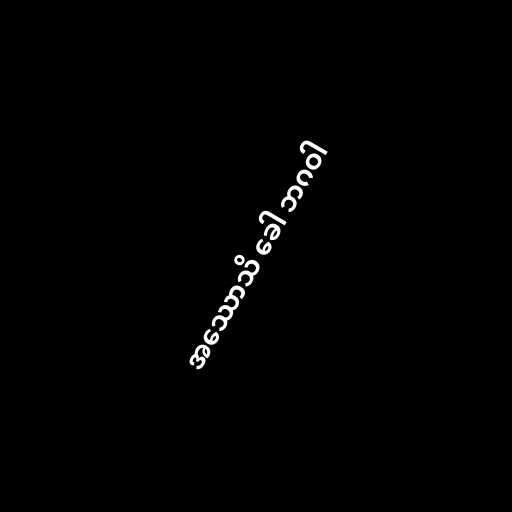
အဿောသိ ခေါ ဘဂဝါ